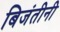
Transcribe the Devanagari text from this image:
बिजंतीनी